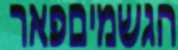
הגשמיםפאר